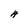
Character: A